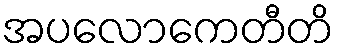
အပလောကေတီတိ